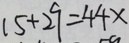
1 5 + 2 9 = 4 4 x